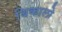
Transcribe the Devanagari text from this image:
बिकालो